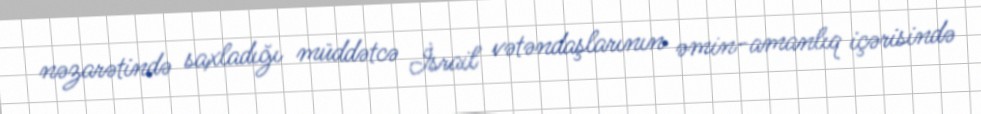
nəzarətində saxladığı müddətcə İsrail vətəndaşlarının əmin-amanlıq içərisində